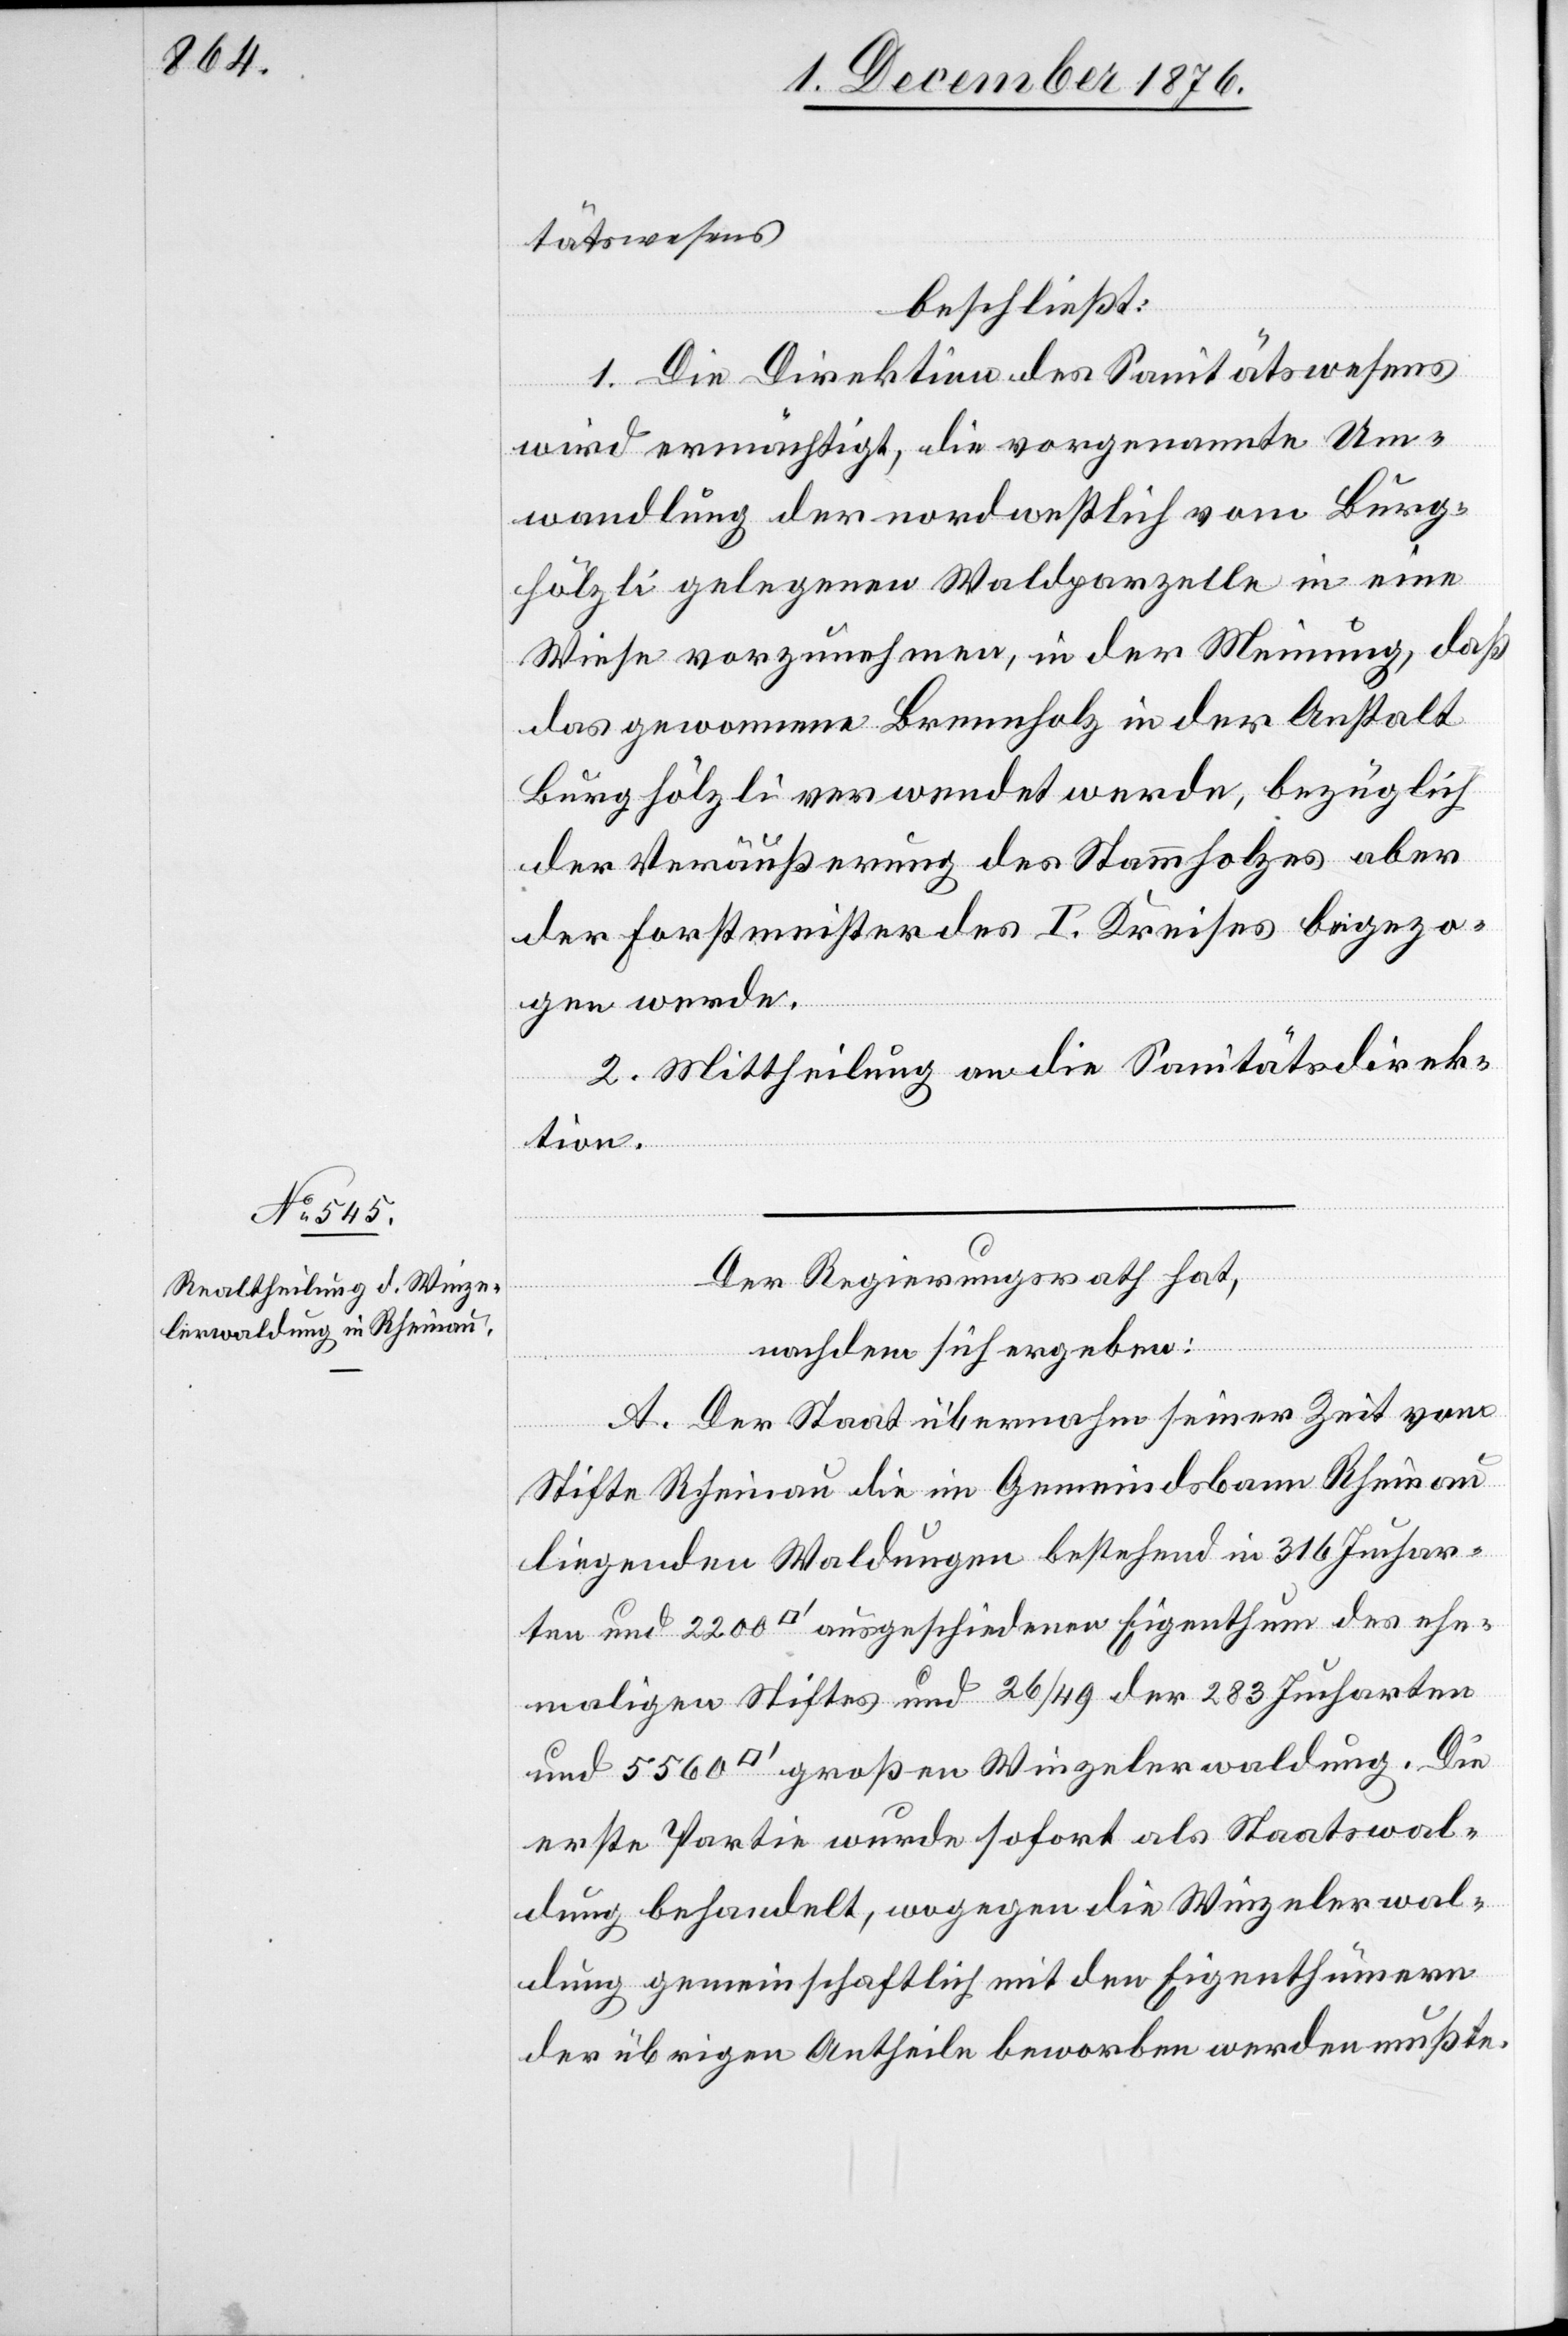
tätswesens,
beschließt:
1. Die Direktion des Sanitätswesens
wird ermächtigt, die vorgenannte Um¬
wandlung der nordwestlich vom Burg¬
hölzli gelegenen Waldparzelle in eine
Wiese vorzunehmen, in der Meinung, daß
das gewonnene Brennholz in der Anstalt
Burghölzli verwendet werde, bezüglich
der Veräußerung des Stammholzes aber
der Forstmeister des I. Kreises beigezo¬
gen werde.
2. Mittheilung an die Sanitätsdirek¬
tion.
Der Regierungsrath hat,
nachdem sich ergeben:
A. Der Staat übernahm seiner Zeit vom
Stifte Rheinau die im Gemeindsbann Rheinau
liegenden Waldungen bestehend in 316 Juchar¬
ten und 2200 [Quadratfuß] ausgeschiedenen Eigenthum des ehe¬
maligen Stiftes und 26/49 der 283 Jucharten
erste Partie wurde sofort als Staatswal¬
dung behandelt, wogegen die Winzelerwal¬
dung gemeinschaftlich mit den Eigenthümern
der übrigen Antheile beworben werden mußte.